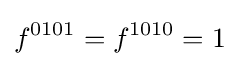
f^{0101}=f^{1010}=1